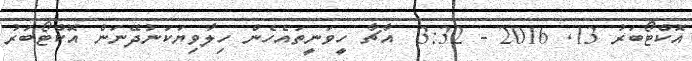
އޮކްޓޯބަރު 13